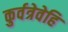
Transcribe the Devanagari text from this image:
कुर्वत्रेवेहि